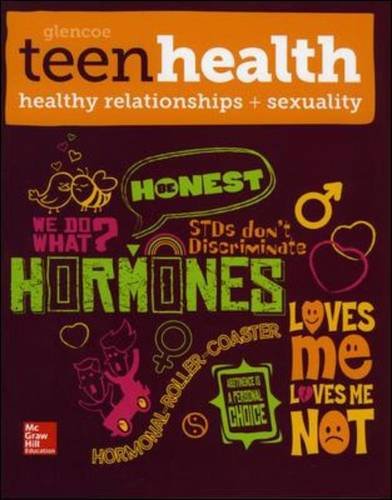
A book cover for Teen Health, Healthy Relationships and Sexuality 2014; McGraw-Hill Education; Health, Fitness & Dieting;